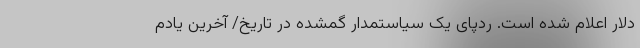
دلار اعلام شده است. ردپای یک سیاستمدار گمشده در تاریخ/ آخرین یادم